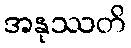
အနုဿတိ